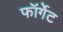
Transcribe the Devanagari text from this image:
फॉर्गेट